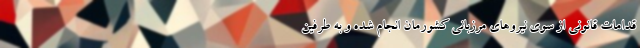
قدامات قانونی از سوی نیروهای مرزبانی کشورمان انجام شده و به طرفین